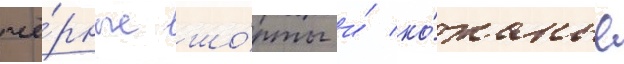
чё́рные шо́рты и́ ко́жаные